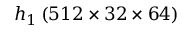
h _ { 1 } \, ( 5 1 2 \times 3 2 \times 6 4 )